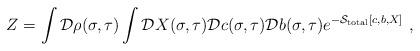
LaTeX: \begin{align*}Z=\int {\cal D}\rho(\sigma,\tau) \int {\cal D}X(\sigma,\tau) {\cal D}c(\sigma,\tau) {\cal D}b(\sigma,\tau)e^{-{\cal S}_{\rm total}[c,b,X]}~,\end{align*}